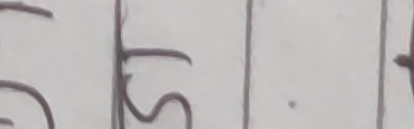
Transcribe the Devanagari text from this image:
९५